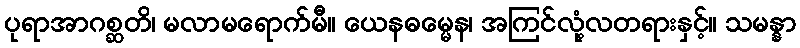
ပုရာအာဂစ္ဆတိ၊ မလာမရောက်မီ။ ယေနဓမ္မေန၊ အကြင်လုံ့လတရားနှင့်။ သမန္နာ